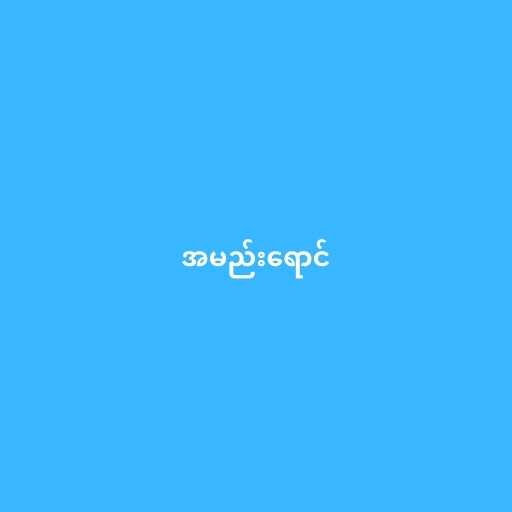
အမည်းရောင်